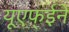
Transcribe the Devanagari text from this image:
यूएफ्ईने